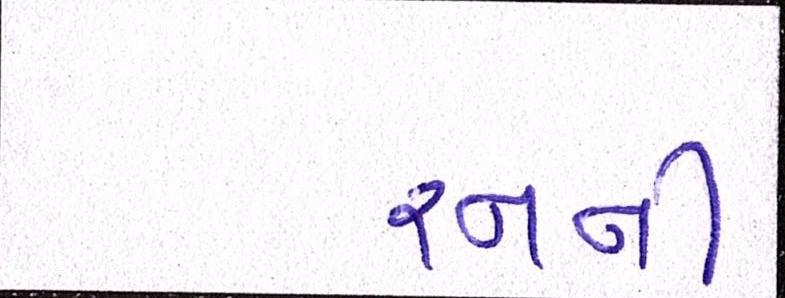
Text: રનની